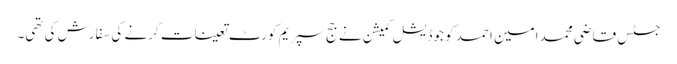
جسٹس قاضی محمد امین احمد کو جوڈیشل کمیشن نے جج سپریم کورٹ تعینات کرنے کی سفارش کی تھی۔